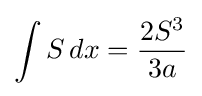
\int S\,dx={\frac {2S^{3}}{3a}}